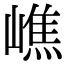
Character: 嶕